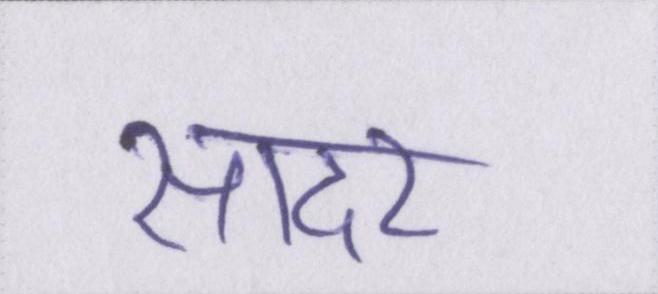
सादर